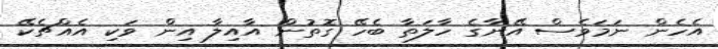
އެހެން ނަމަވެސް އޭނާގެ ހާލަތާ ބެހޭ ގޮތުން އާއިލާ އިން ވަކި އެއްޗެކޭ